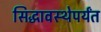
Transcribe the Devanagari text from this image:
सिद्धावस्थेपर्यंत